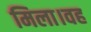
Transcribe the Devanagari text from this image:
मिला।वह